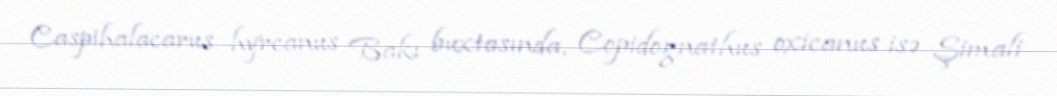
Caspihalacarus hyrcanus Bakı buxtasında, Copidognathus oxicanus isə Şimali